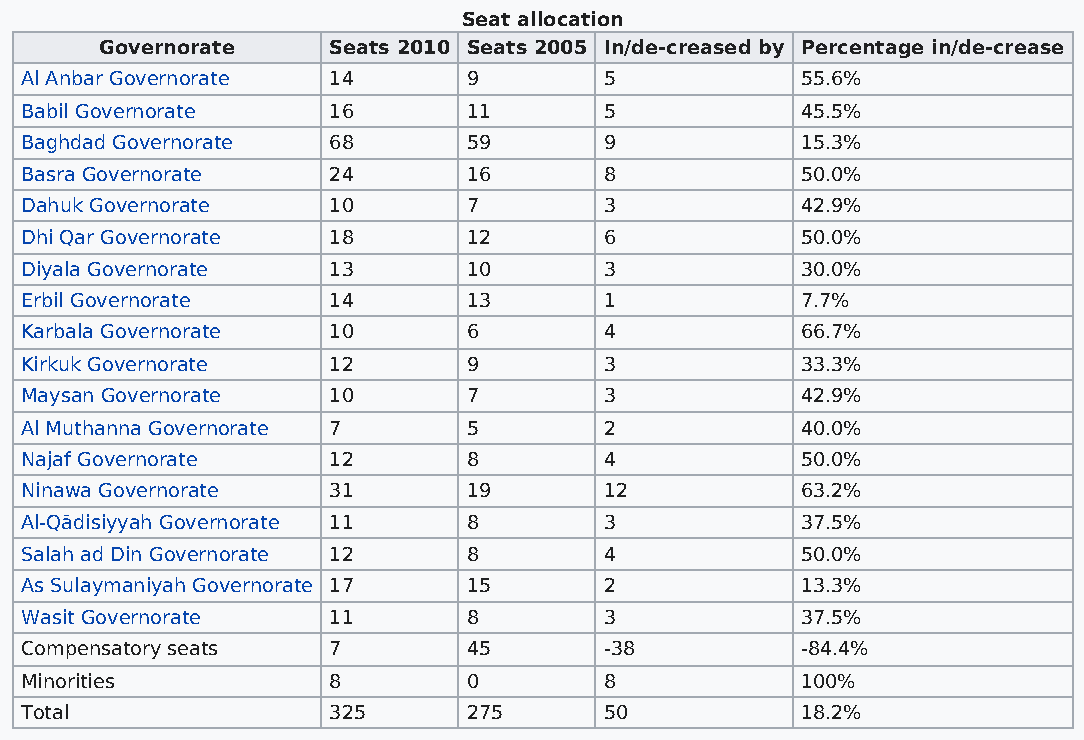
Seat allocation
 Governorate    Seats 2010 Seats 2005 In/de-creased by Percentage in/de-crease
 Al Anbar Governorate 14       9        5            55.6%
 Babil Governorate    16       11       5            45.5%
 Baghdad Governorate  68       59       9            15.3%
 Basra Governorate    24       16       8            50.0%
 Dahuk Governorate    10       7        3            42.9%
 Dhi Qar Governorate  18       12       6            50.0%
 Diyala Governorate   13       10       3            30.0%
 Erbil Governorate    14       13       1            7.7%
 Karbala Governorate  10       6        4            66.7%
 Kirkuk Governorate   12       9        3            33.3%
 Maysan Governorate   10       7        3            42.9%
 Al Muthanna Governorate 7     5        2            40.0%
 Najaf Governorate    12       8        4            50.0%
 Ninawa Governorate   31       19       12           63.2%
 Al-Qādisiyyah Governorate 11  8        3            37.5%
 Salah ad Din Governorate 12   8        4            50.0%
 As Sulaymaniyah Governorate 17 15      2            13.3%
 Wasit Governorate    11       8        3            37.5%
 Compensatory seats   7        45       -38          -84.4%
 Minorities           8        0        8            100%
 Total                325      275      50           18.2%